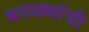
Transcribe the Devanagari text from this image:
बगळ्यांची